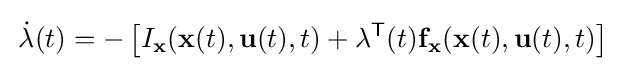
\,{\dot {\mathbf {\lambda } }}(t)=-\left[I_{\mathbf {x} }(\mathbf {x} (t),\mathbf {u} (t),t)+\mathbf {\lambda } ^{\mathsf {T}}(t)\mathbf {f} _{\mathbf {x} }(\mathbf {x} (t),\mathbf {u} (t),t)\right]